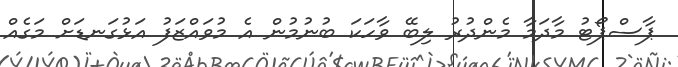
ޕާސްޕޯޓު މާދަމާ މެންދުރު ލިބޭ ވާހަކަ ބުނުމުން އެ މުވައްޒަފު އަޅުގަނޑަށް މަގެއް